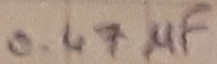
Text: 0.47µF